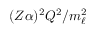
( Z \alpha ) ^ { 2 } Q ^ { 2 } / m _ { \ell } ^ { 2 }